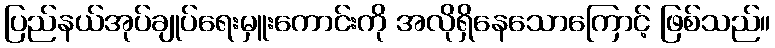
ပြည်နယ်အုပ်ချုပ်ရေးမှူးကောင်းကို အလိုရှိနေသောကြောင့် ဖြစ်သည်။